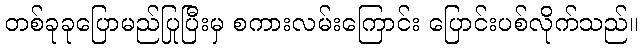
တစ်ခုခုပြောမည်ပြုပြီးမှ စကားလမ်းကြောင်း ပြောင်းပစ်လိုက်သည်။